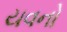
યવનો